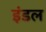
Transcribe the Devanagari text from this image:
इंडल